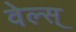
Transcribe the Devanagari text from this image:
वेल्स्